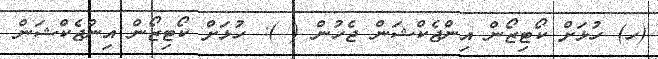
(ހ) ހުޅަށް ކޯޓިޒޯން އިންޖެކްޝަން ޖެހުން ( ): ހުޅަށް ކޯޓިޒޯން އިންޖެކްޝަން